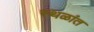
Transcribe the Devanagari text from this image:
स्थळांत